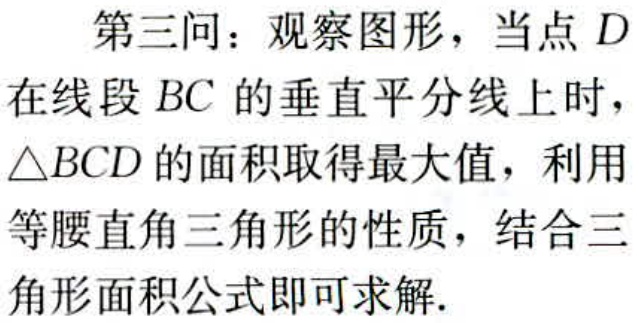
第三问：观察图形，当点\(D\)在线段\(BC\)的垂直平分线上时，\(\triangle BCD\)的面积取得最大值，利用等腰直角三角形的性质，结合三角形面积公式即可求解.